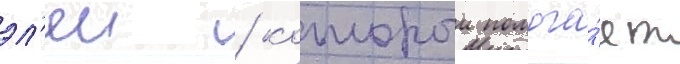
эл'еи / которыи помога́ет